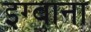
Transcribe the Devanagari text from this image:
इग्वाना